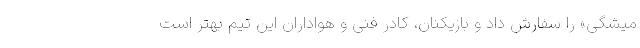
میشگی» را سفارش داد و بازیکنان، کادر فنی و هواداران این تیم بهتر است